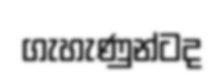
ගැහැණුන්ටද